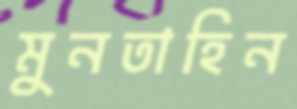
মুনতাহিন